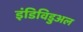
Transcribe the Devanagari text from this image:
इंडिविडुअल